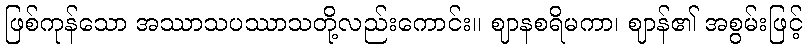
ဖြစ်ကုန်သော အဿာသပဿာသတို့လည်းကောင်း။ ဈာနစရိမကာ၊ ဈာန်၏ အစွမ်းဖြင့်